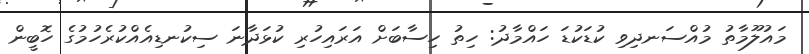
މައުލޫމާތު މުއްސަނދިވި ކުޑަކުޑަ ހައްމާދު: ހިތު ހިސާބަށް އަރައިހުރި ކުޅަދާނަ ސިކުނޑިއެއްކުރެހުމުގެ ހޮބީން